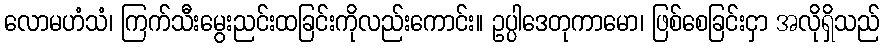
လောမဟံသံ၊ ကြက်သီးမွေးညင်းထခြင်းကိုလည်းကောင်း။ ဥပ္ပါဒေတုကာမော၊ ဖြစ်စေခြင်းငှာ အလိုရှိသည်